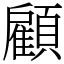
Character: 顧